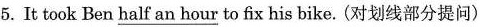
5.It took Ben \underline{ half an hour } to fix his bike. (对划线部分提问)